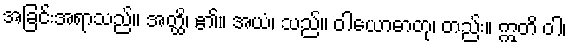
အခြင်းအရာသည်။ အတ္ထိ၊ ၏။ အယံ၊ သည်။ ဝါယောဓာတု၊ တည်း။ ဣတိ ဝါ၊